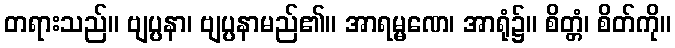
တရားသည်။ ဗျပ္ပနာ၊ ဗျပ္ပနာမည်၏။ အာရမ္မဏေ၊ အာရုံ၌။ စိတ္တံ၊ စိတ်ကို။